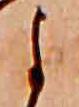
よ